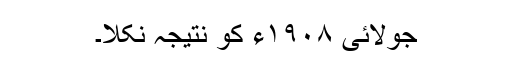
جولائی ١٩٠٨ء کو نتیجہ نکلا۔